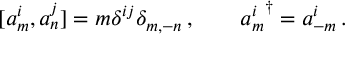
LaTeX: [ a _ { m } ^ { i } , a _ { n } ^ { j } ] = m \delta ^ { i j } \delta _ { m , - n } \, , \qquad { a _ { m } ^ { i } } ^ { \dagger } = a _ { - m } ^ { i } \, .